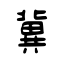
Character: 冀